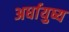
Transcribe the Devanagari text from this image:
अर्धायुष्य